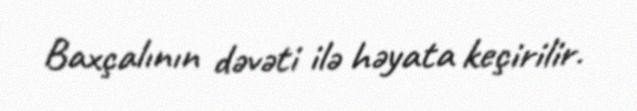
Baxçalının dəvəti ilə həyata keçirilir.